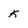
Character: k